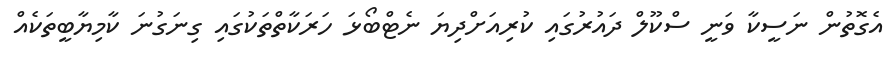
އެގޮތުން ނަސީކާ ވަނީ ސްކޫލް ދައުރުގައި ކުރިއަށްދިޔަ ނެޓްބޯޅަ ހަރަކާތްތަކުގައި ގިނަގުނަ ކާމިޔާބީތަކެއް